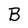
Character: B